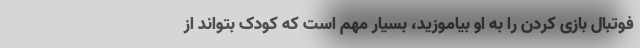
فوتبال بازی کردن را به او بیاموزید، بسیار مهم است که کودک بتواند از